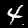
Digit: 4